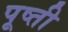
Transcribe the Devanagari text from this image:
पूष्ती